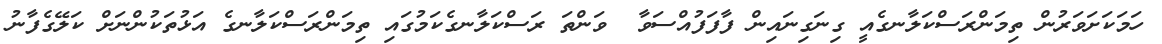
ހަމަކަށަވަރުން ތިމަންރަސްކަލާނގެއީ ގިނަގިނައިން ފާފަފުއްސަވާ  ވަންތަ ރަސްކަލާނގެކަމުގައި ތިމަންރަސްކަލާނގެ އަޅުތަކުންނަށް ކަލޭގެފާނު